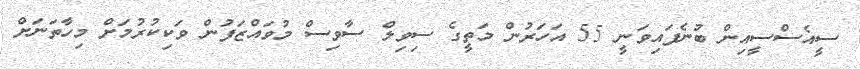
ސީއެސްސީއިން ބުނެފައިވަނީ 55 އަހަރުން މަތީގެ ސިވިލް ސާވިސް މުވައްޒަފުން ވަކިކުރުމަށް މިހާތަނަށް